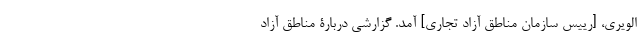
الویری، [رییس سازمان مناطق آزاد تجاری] آمد. گزارشی دربارة مناطق آزاد